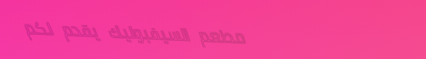
مطعم السيفبوليك يقدم لكم